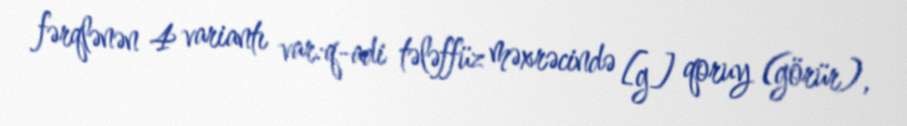
fərqlənən 4 variantı var:q-adi tələffüz məxrəcində [g] qoruy (görür),